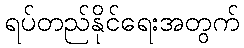
ရပ်တည်နိုင်ရေးအတွက်